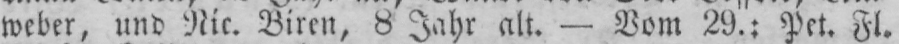
weber, und Nie. Biren, 8 Jahr alt. - Vom 29.; Pet. Fl.